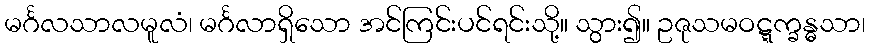
မင်္ဂလသာလမူလံ၊ မင်္ဂလာရှိသော အင်ကြင်းပင်ရင်းသို့။ သွား၍။ ဥဇုသမဝဋ္ဋက္ခန္ဓသာ၊